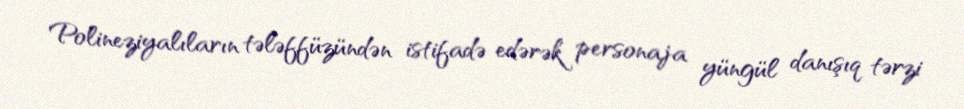
Polineziyalıların tələffüzündən istifadə edərək personaja yüngül danışıq tərzi